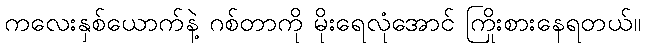
ကလေးနှစ်ယောက်နဲ့ ဂစ်တာကို မိုးရေလုံအောင် ကြိုးစားနေရတယ်။